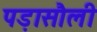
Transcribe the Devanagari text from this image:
पड़ासौली